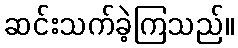
ဆင်းသက်ခဲ့ကြသည်။